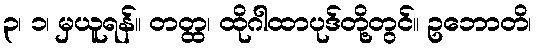
၃၊ ၁၊ မှယူရန်။ တတ္ထ၊ ထိုဂါထာပုဒ်တို့တွင်။ ဥဘောတိ၊